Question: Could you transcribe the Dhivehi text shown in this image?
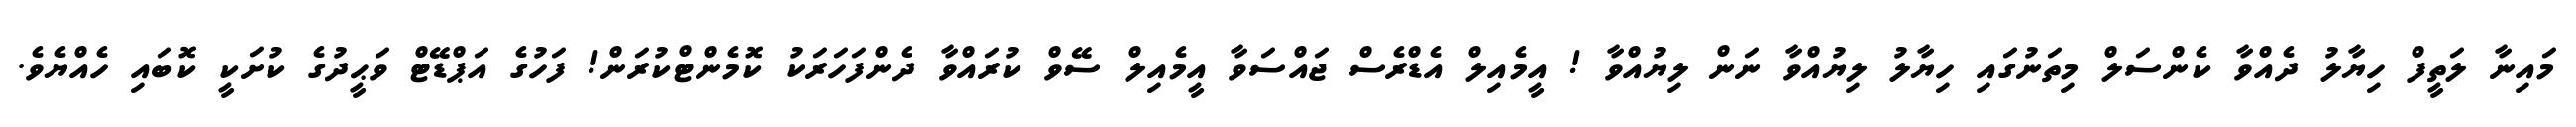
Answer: މައިނާ ލަތީފް ހިޔާލު ދެއްވާ ކެންސަލް މިތަނުގައި ހިޔާލު ލިޔުއްވާ ނަން ލިޔުއްވާ ! އީމެއިލް އެޑްރެސް ޖައްސަވާ އީމެއިލް ސޭވް ކުރައްވާ ދެންފަހަރަކު ކޮމެންޓްކުރަން! ފަހުގެ އަޕްޑޭޓް ވަޙީދުގެ ކުށަކީ ކޮބައި ހެއްޔެވެ.